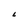
Character: L